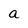
Character: a